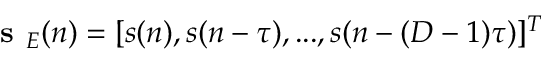
\textbf { s } _ { E } ( n ) = [ s ( n ) , s ( n - \tau ) , . . . , s ( n - ( D - 1 ) \tau ) ] ^ { T }